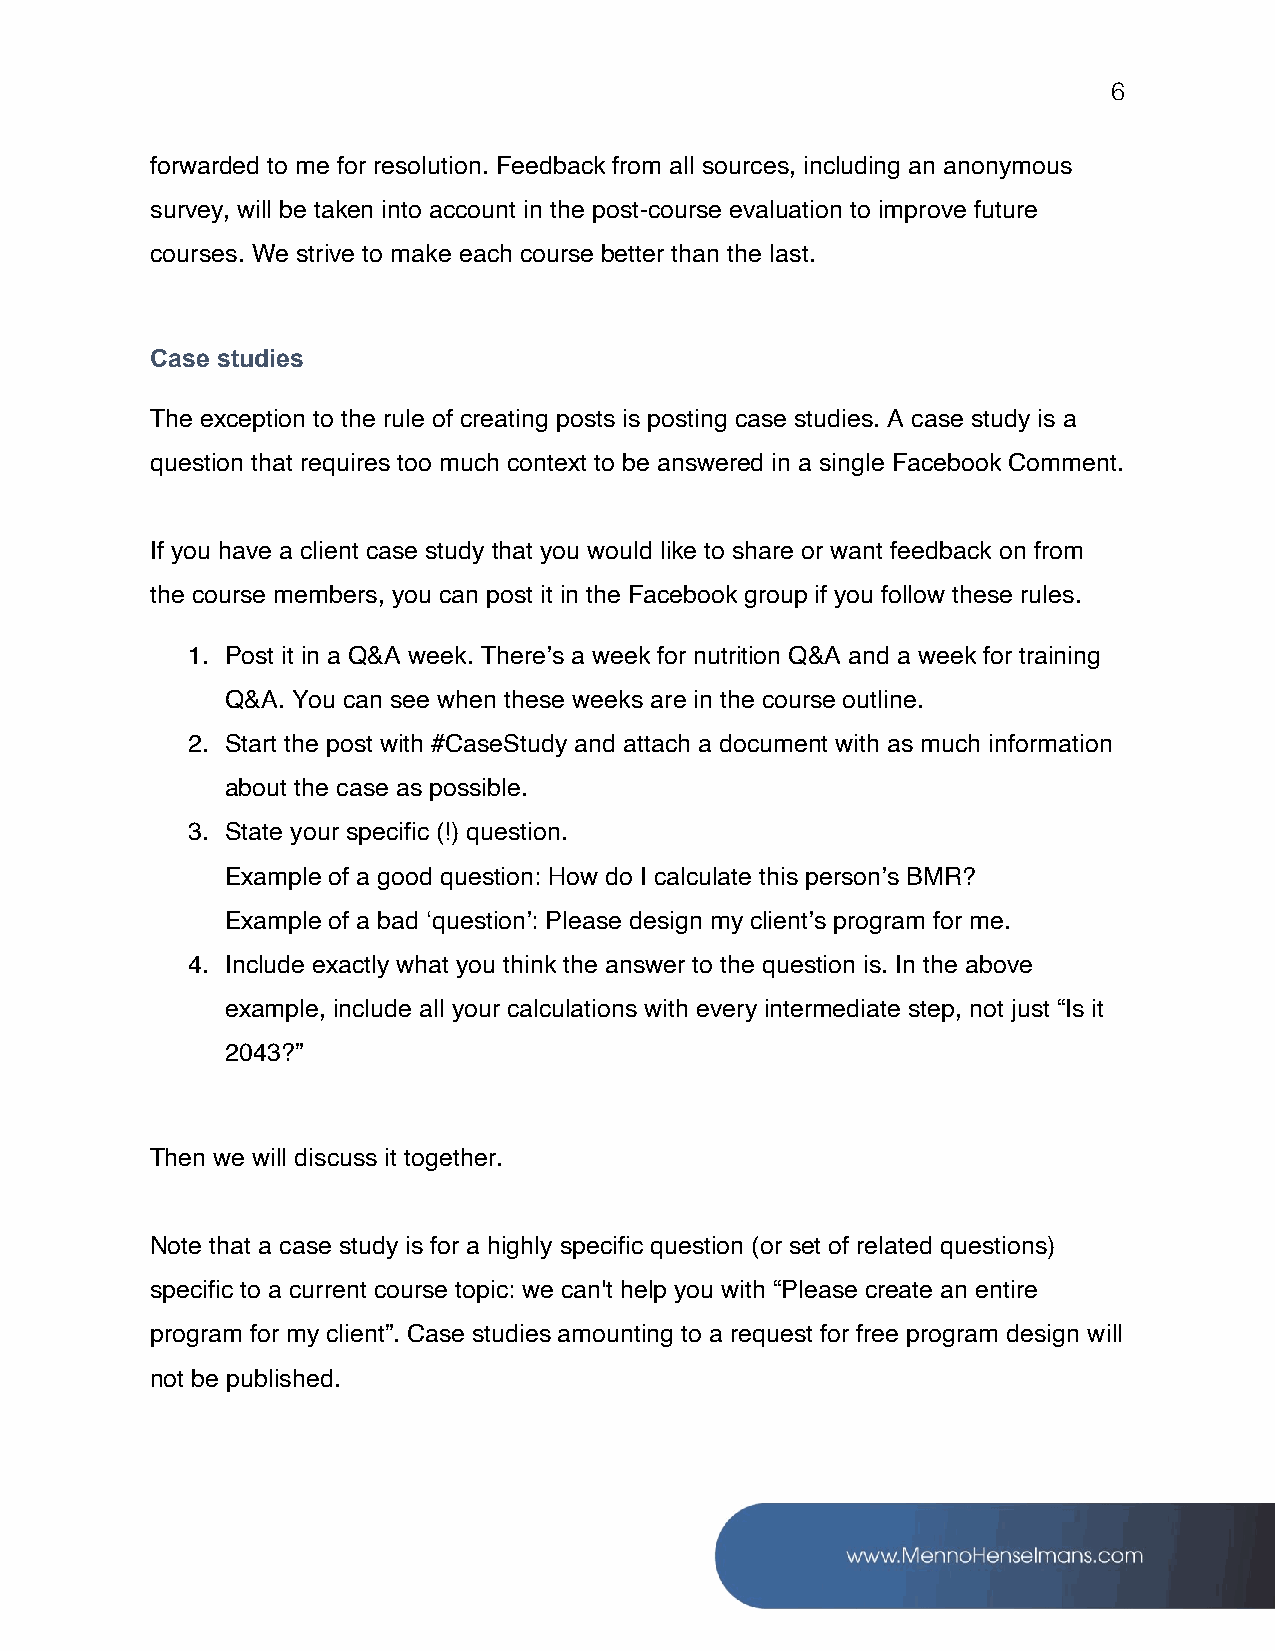
6
 forwarded to me for resolution. Feedback from all sources, including an anonymous
 survey, will be taken into account in the post-course evaluation to improve future
 courses. We strive to make each course better than the last.
 Case studies
 The exception to the rule of creating posts is posting case studies. A case study is a
 question that requires too much context to be answered in a single Facebook Comment.
 If you have a client case study that you would like to share or want feedback on from
 the course members, you can post it in the Facebook group if you follow these rules.
 1. Post it in a Q&A week. There’s a week for nutrition Q&A and a week for training
 Q&A. You can see when these weeks are in the course outline.
 2. Start the post with #CaseStudy and attach a document with as much information
 about the case as possible.
 3. State your specific (!) question.
 Example of a good question: How do I calculate this person’s BMR?
 Example of a bad ‘question’: Please design my client’s program for me.
 4. Include exactly what you think the answer to the question is. In the above
 example, include all your calculations with every intermediate step, not just “Is it
 2043?”
 Then we will discuss it together.
 Note that a case study is for a highly specific question (or set of related questions)
 specific to a current course topic: we can't help you with “Please create an entire
 program for my client”. Case studies amounting to a request for free program design will
 not be published.